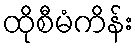
ထိုစီမံကိန်း